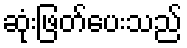
ဆုံးဖြတ်ပေးသည်